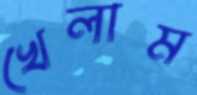
খেলাম